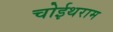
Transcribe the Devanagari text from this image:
चोईथराम